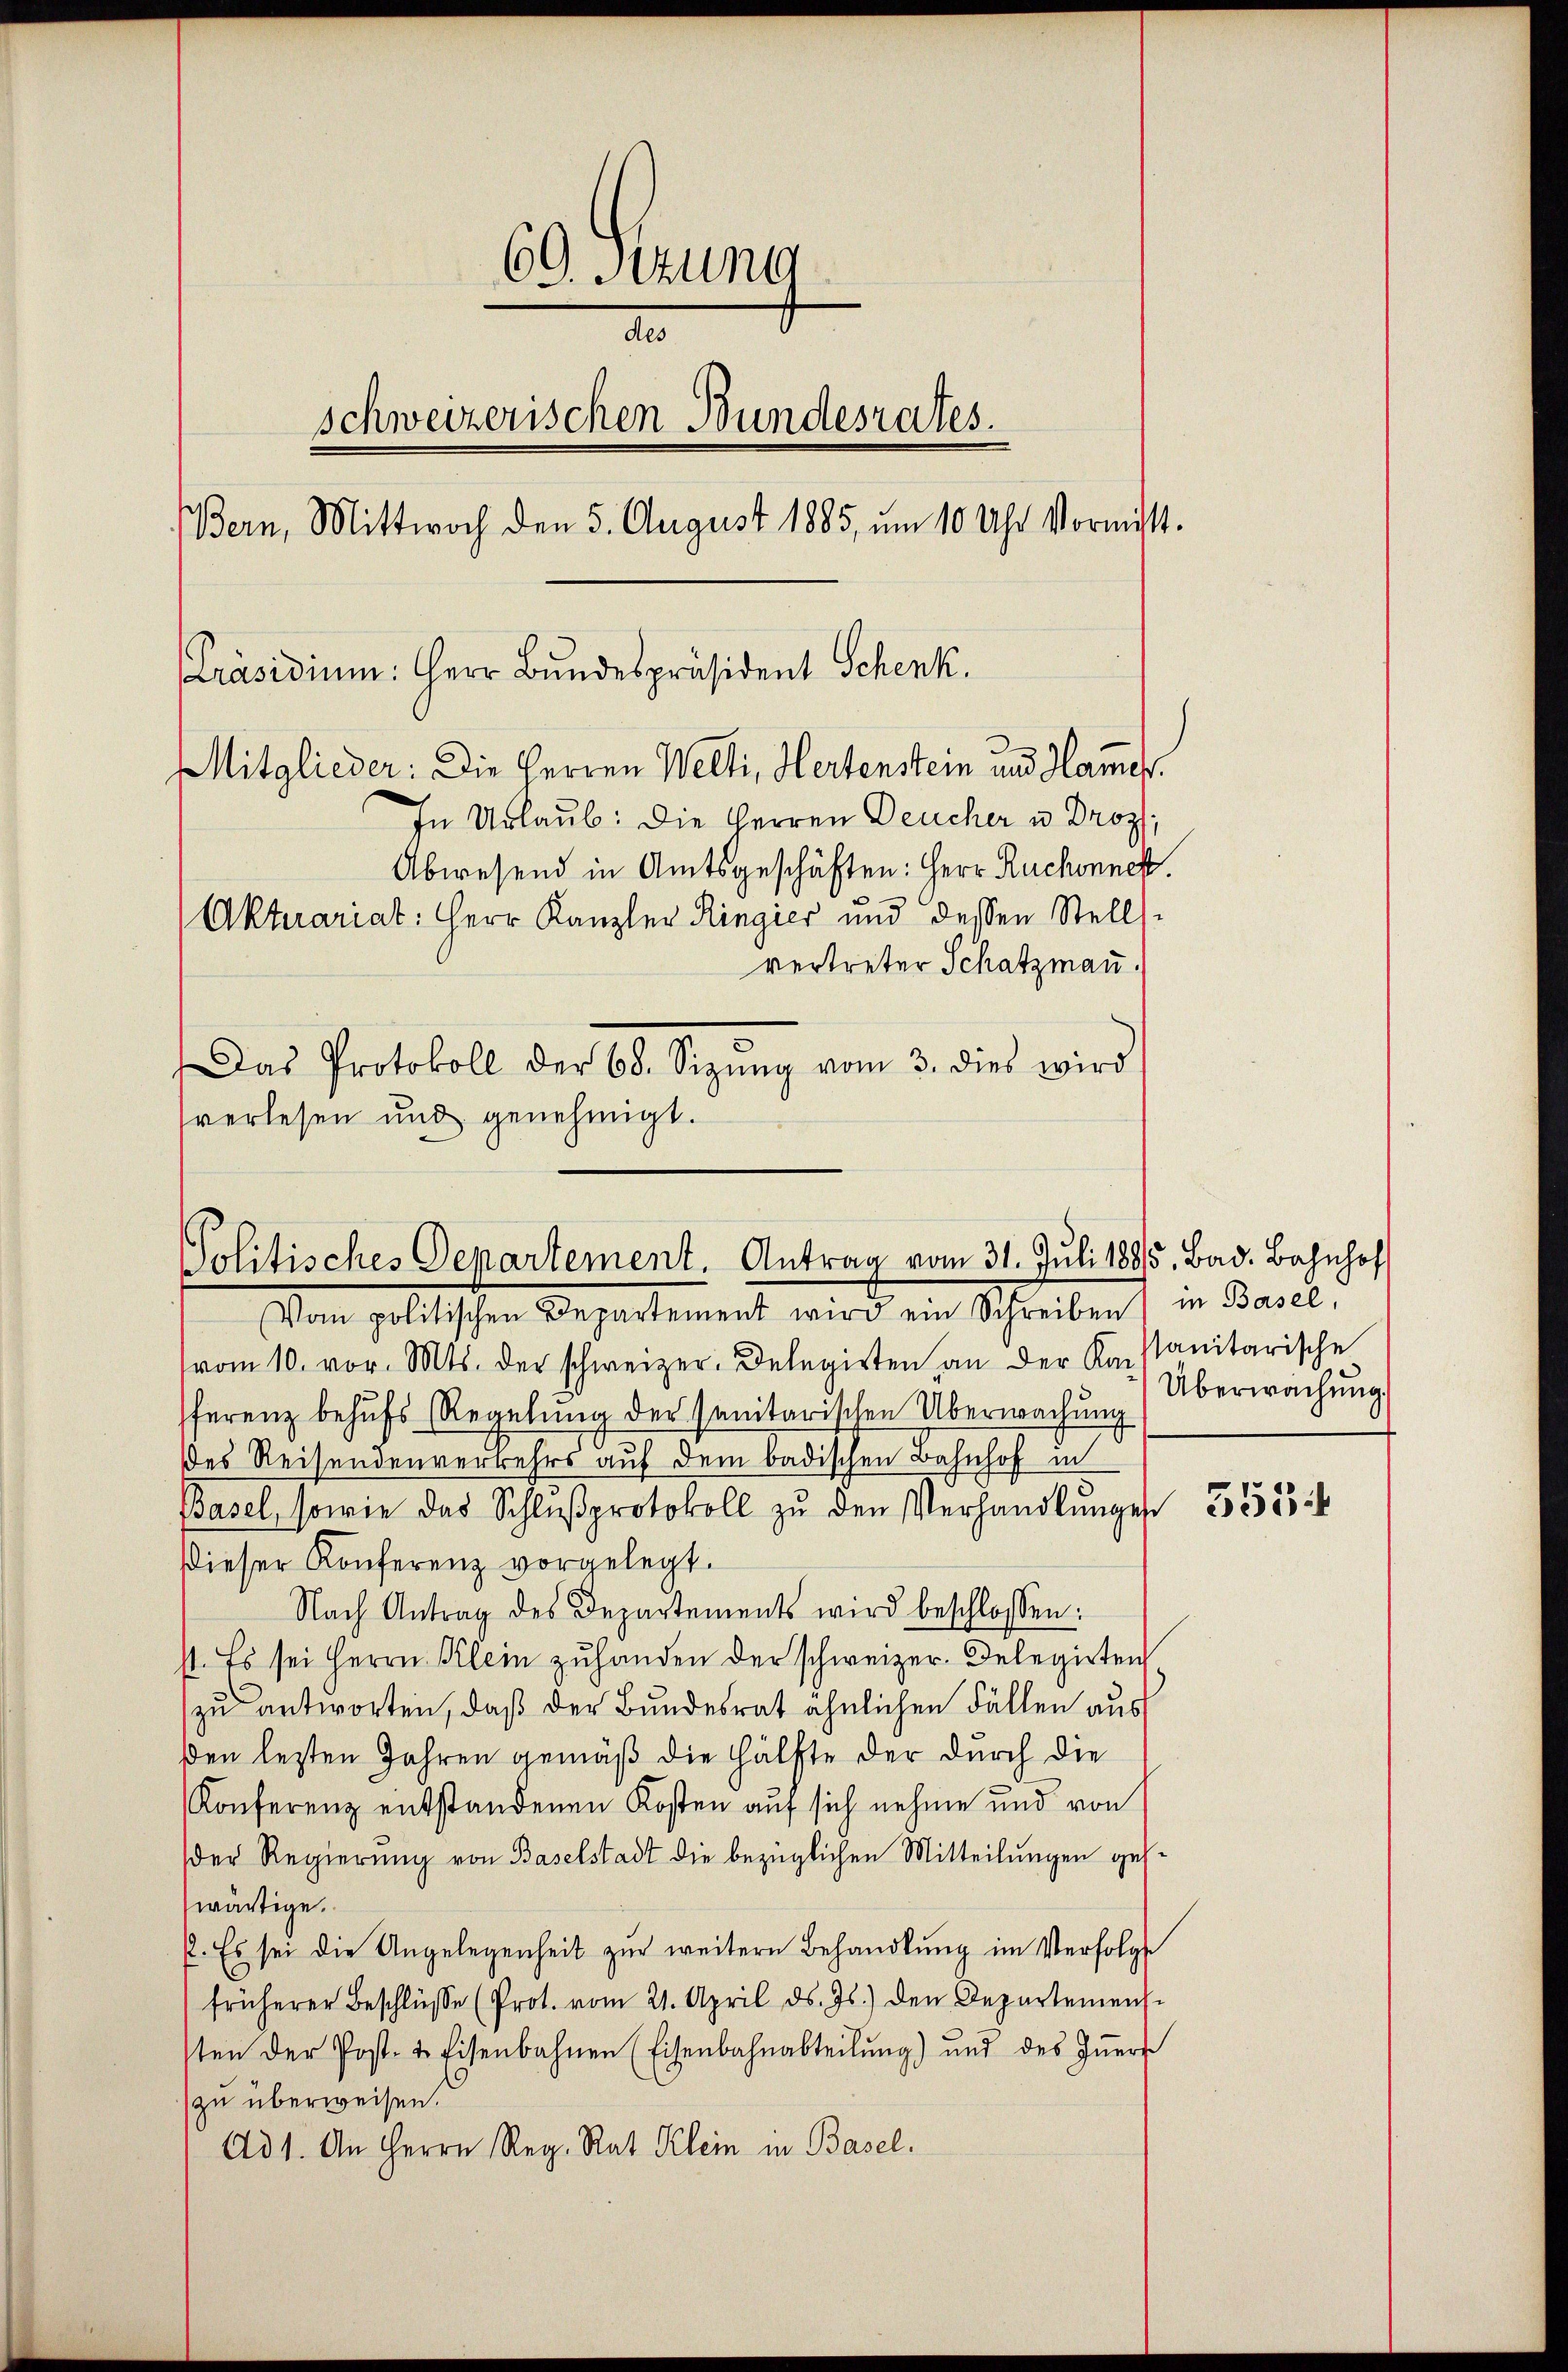
60. Sitzung
d
schweizerischen Bundesrates.
Bern, Mittwoch den 5. August 1885, um 10 Uhr Vormit-
Präsidium: Herr Bundespräsident Schenk.
Mitglieder: Die Herren Welti, Hertenstein und Hammels.
In Urlaub: Die Herren Deucher u. Droz.
Abwesend in Amtsgeschäften: Herr Ruchinner
Aktuariat: Herr Kanzler Ringier und dessen Stellvertreter Schatzmann.
Das Protokoll der 68. Sizŭng vom 3. dies wird
verlesen und genehmigt.

Politisches Departement. Antrag vom 31. Juli 1885. Bad. Bahnhof
Vom politischen Departement wird ein Schreiben

vom 10. vor. Mts. der schweizer. Delegirten an der Konstanitarische
ferenz behufs Regelung der sanitarischen Überwachung
des Reisendenverkehrs auf dem badischen Bahnhof in
Basel, sowie das Schlŭβprotokoll zŭ den Verhandlŭngen
dieser Konferenz vorgelegt.
Nach Antrag des Departements wird beschlossen:
1. Es sei Herrn Klein zŭ handen der schweizer. Delegirten
zu antworten, daß der Bundesrat ähnlichen Fällen aus
den letzten Jahren gemäß die Hälfte der durch die
Konferenz entstandenen Kosten auf sich nehme und von
der Regierung von Baselstadt die bezüglichen Mitteilungen gehwärtige.
2. Es sei die Angelegenheit zur weitern Behandlung im Verfolgte
früherer Beschlüsse (Prot. vom 21. April d. Js.) den Departemens
sten der Post- & Eisenbahnen (Eisenbahnabteilŭng) und des Iṅern
zu überweisen
Ad 1. An Herrn Reg. Rat Klein in Basel.

in Basel,
Überwachung

5554